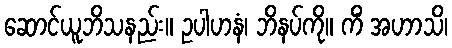
ဆောင်ယူဘိသနည်း။ ဥပါဟနံ၊ ဘိနပ်ကို။ ကိံ အဟာသိ၊